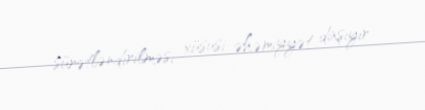
sürətləndirilməsi xüsusi əhəmiyyət daşıyır.